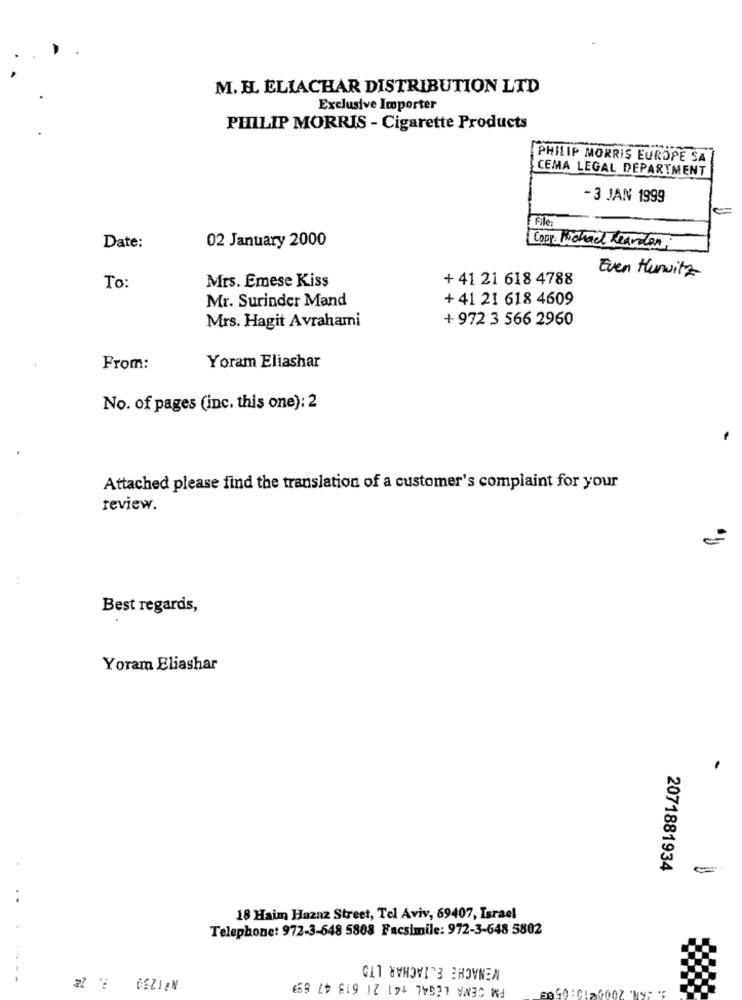
M. H. ELIACHAR DISTRIBUTION LTD
Exclusive Importer
PHILIP MORRIS - Cigarette Products
PHILIP MORRIS EUROPE SA
CEMA LEGAL DEPARTMENT
- 3 JAN 1999
File
02 January 2000
Date:
Copy Michael Reardon,
Mrs. Emese Kiss
+ 41 21 618 4788
Even Hurwitz
To:
Mr. Surinder Mand
+ 41 21 618 4609
Mrs. Hagit Avrahami
+ 972 3 566 2960
From:
Yoram Eliashar
No. of pages (inc. this one): 2
Attached please find the translation of a customer's complaint for your
review.
:
Best regards,
Yoram Eliashar
2071881934
=
..
18 Haim Hazaz Street, Tel Aviv, 69407, Israel
Telephone: 972-3-648 5808 Facsimile: 972-3-648 5802
MENACHE EL TACHAR LTD
PM CENA LEGAL +41 21 613 47 893
GEZIEN